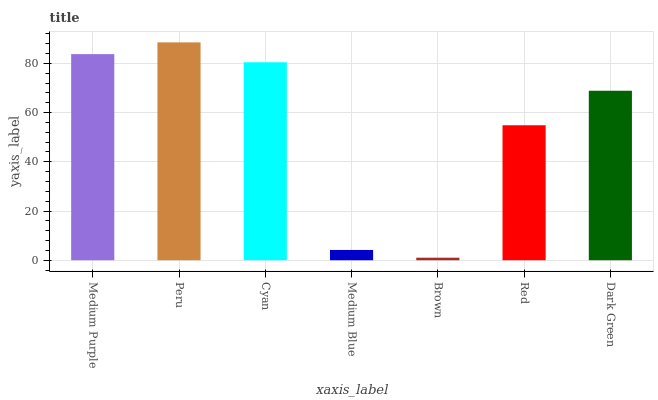
| xaxis_label | bars |
 | --- | --- |
 | Medium Purple | 83.7 |
 | Peru | 88.5 |
 | Cyan | 80.4 |
 | Medium Blue | 4.17 |
 | Brown | 1.02 |
 | Red | 54.8 |
 | Dark Green | 68.9 |